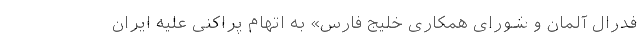
فدرال آلمان و شورای همکاری خلیج فارس» به اتهام پراکنی علیه ایران